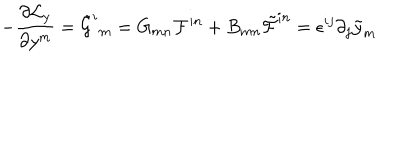
- \frac { \partial { \cal L } _ { y } } { \partial y ^ { m } } = \tilde { \cal G } ^ { i } { } _ { m } = G _ { m n } { \cal F } ^ { i n } + B _ { m n } \tilde { \cal F } ^ { i n } = \epsilon ^ { i j } \partial _ { j } \tilde { y } _ { m }